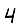
Digit: 4